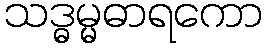
သဒ္ဓမ္မဓာရကော